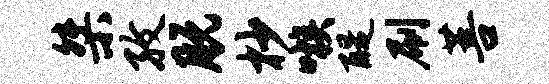
桀孜脱杪嗾醍刷菩